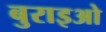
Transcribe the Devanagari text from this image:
बुराइओ